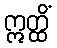
ဣတ္ထိံ